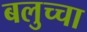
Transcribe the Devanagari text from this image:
बलुच्चा